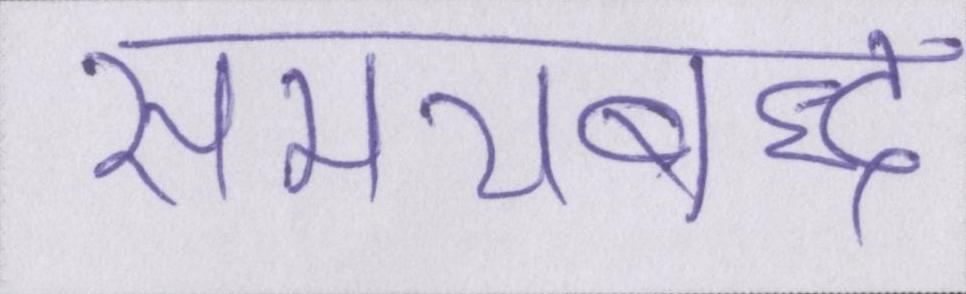
समयबद्ध